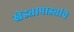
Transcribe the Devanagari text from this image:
खेड्यापाड्यांचे